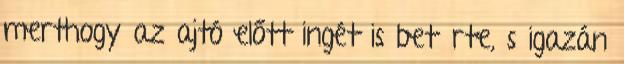
merthogy az ajtó előtt ingét is betűrte, s igazán